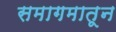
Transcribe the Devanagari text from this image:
समागमातून